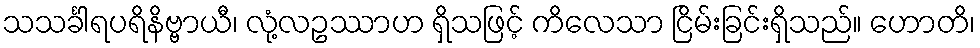
သသင်္ခါရပရိနိဗ္ဗာယီ၊ လုံ့လဥဿာဟ ရှိသဖြင့် ကိလေသာ ငြိမ်းခြင်းရှိသည်။ ဟောတိ၊